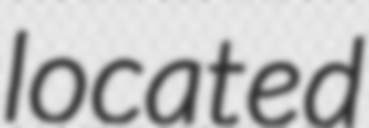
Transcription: located